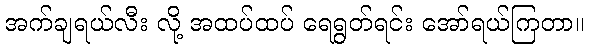
အက်ချရယ်လီး လို့ အထပ်ထပ် ရေရွတ်ရင်း အော်ရယ်ကြတာ။